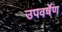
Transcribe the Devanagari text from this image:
उपवर्षेण